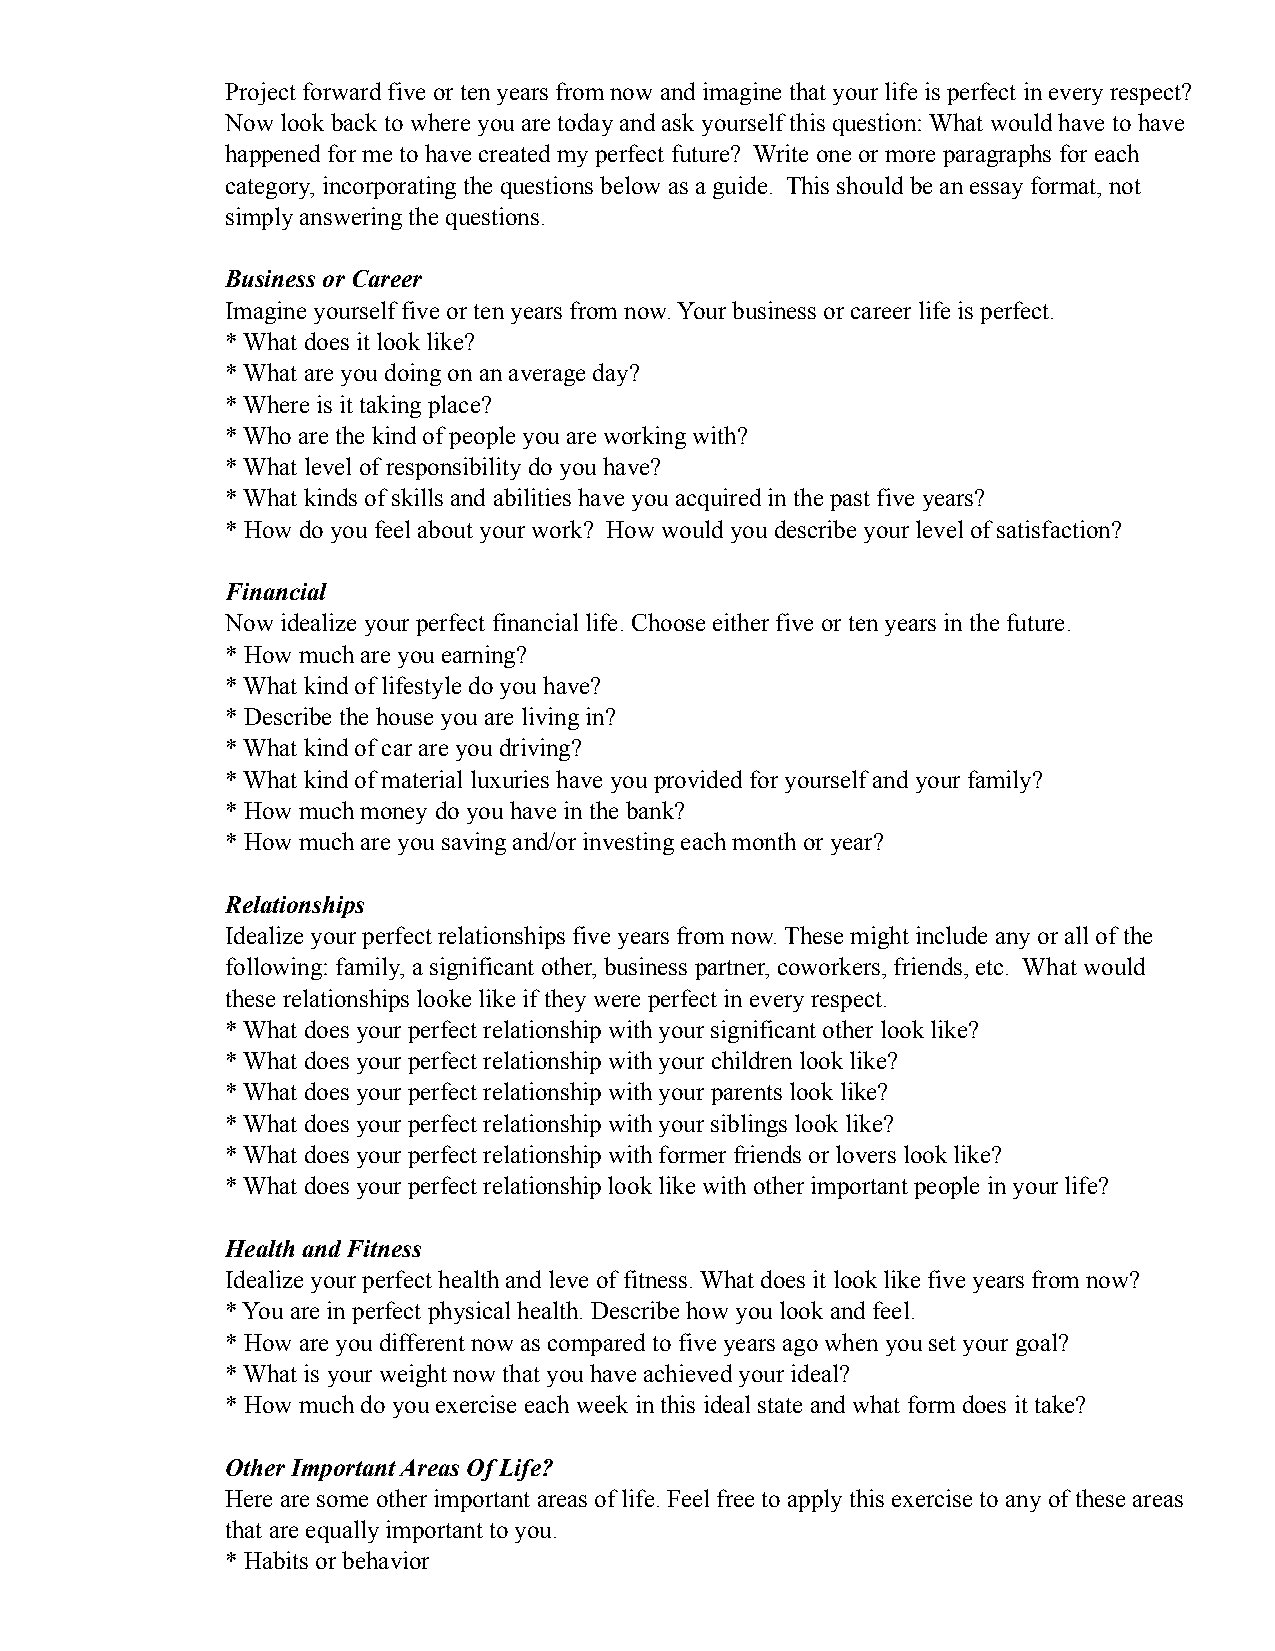
Project forward five or ten years from now and imagine that your life is perfect in every respect?
 Now look back to where you are today and ask yourself this question: What would have to have
 happened for me to have created my perfect future? Write one or more paragraphs for each
 category, incorporating the questions below as a guide. This should be an essay format, not
 simply answering the questions.
 Business or Career
 Imagine yourself five or ten years from now. Your business or career life is perfect.
 * What does it look like?
 * What are you doing on an average day?
 * Where is it taking place?
 * Who are the kind of people you are working with?
 * What level of responsibility do you have?
 * What kinds of skills and abilities have you acquired in the past five years?
 * How do you feel about your work? How would you describe your level of satisfaction?
 Financial
 Now idealize your perfect financial life. Choose either five or ten years in the future.
 * How much are you earning?
 * What kind of lifestyle do you have?
 * Describe the house you are living in?
 * What kind of car are you driving?
 * What kind of material luxuries have you provided for yourself and your family?
 * How much money do you have in the bank?
 * How much are you saving and/or investing each month or year?
 Relationships
 Idealize your perfect relationships five years from now. These might include any or all of the
 following: family, a significant other, business partner, coworkers, friends, etc. What would
 these relationships looke like if they were perfect in every respect.
 * What does your perfect relationship with your significant other look like?
 * What does your perfect relationship with your children look like?
 * What does your perfect relationship with your parents look like?
 * What does your perfect relationship with your siblings look like?
 * What does your perfect relationship with former friends or lovers look like?
 * What does your perfect relationship look like with other important people in your life?
 Health and Fitness
 Idealize your perfect health and leve of fitness. What does it look like five years from now?
 * You are in perfect physical health. Describe how you look and feel.
 * How are you different now as compared to five years ago when you set your goal?
 * What is your weight now that you have achieved your ideal?
 * How much do you exercise each week in this ideal state and what form does it take?
 Other Important Areas Of Life?
 Here are some other important areas of life. Feel free to apply this exercise to any of these areas
 that are equally important to you.
 * Habits or behavior